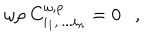
\omega \rho ~ C _ { i _ { 1 } , . . . . i _ { n } } ^ { \omega , \rho } = 0 ,